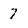
Character: 7